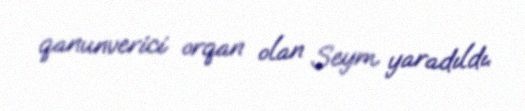
qanunverici orqan olan Seym yaradıldı.